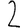
Digit: 2